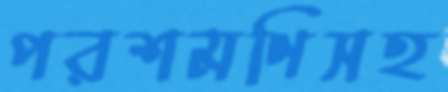
পরশমণিসহ